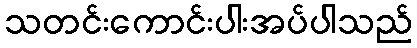
သတင်းကောင်းပါးအပ်ပါသည်